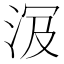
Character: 𣴄